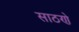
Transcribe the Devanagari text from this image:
साठणे